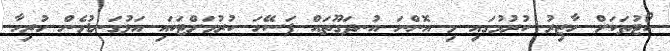
ކޯޓުތަކަށް ހާޒިރު ކުރުމުގައި މި އޮންނަ އުނދަގޫތައް ފަސޭހަ ކުރުމަށްޓަކައި އަޅުގަނޑުމެން ހުރިހާ